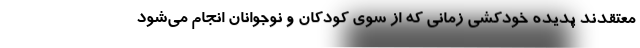
معتقدند پدیده خودکشی زمانی که از سوی کودکان و نوجوانان انجام می‌شود